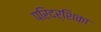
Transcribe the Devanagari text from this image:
परिदर्शिका